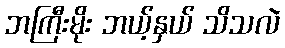
ဘကြီးမိုး ဘယ့်နှယ် သိသလဲ